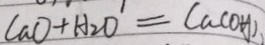
C a O + H _ { 2 } O = C a ( O H )